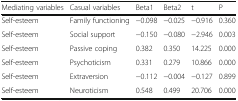
| Mediating variables | Casual variables | Beta1 | Beta2 | t | P |
 | --- | --- | --- | --- | --- | --- |
 | Self-esteem | Family functioning | −0.098 | −0.025 | −0.916 | 0.360 |
 | Self-esteem | Social support | −0.150 | −0.080 | −2.946 | 0.003 |
 | Self-esteem | Passive coping | 0.382 | 0.350 | 14.225 | 0.000 |
 | Self-esteem | Psychoticism | 0.331 | 0.279 | 10.866 | 0.000 |
 | Self-esteem | Extraversion | −0.112 | −0.004 | −0.127 | 0.899 |
 | Self-esteem | Neuroticism | 0.548 | 0.499 | 20.706 | 0.000 |